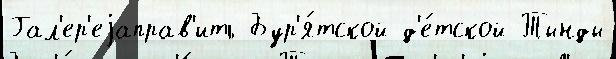
Гал'ер'еjаправ'ить Бур'я́тской д'е́тской Тынды